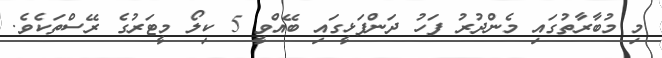
މި މުބާރާތުގަައި މެންދުރު ފަހު ދަންފަޅީގައި ބޭއްވީ 5 ކިލޯ މީޓަރުގެ ރޭސްތަކެވެ.